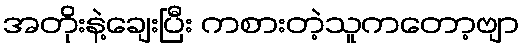
အတိုးနဲ့ချေးပြီး ကစားတဲ့သူကတော့ဗျာ